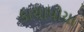
કાચાપોચા